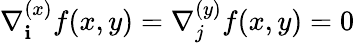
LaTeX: \nabla_{\mathbf{i}}^{(x)}f(x,y)=\nabla_{j}^{(y)}f(x,y)=0